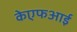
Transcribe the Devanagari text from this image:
केएफआई